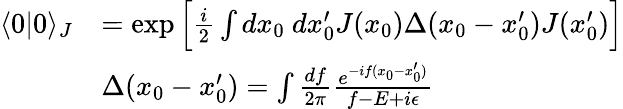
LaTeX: {\begin{array}{rl}{\langle 0|0\rangle_{J}}&{=\exp{{\Big[}{\frac{i}{2}}\int dx_{0}~dx_{0}^{\prime}J(x_{0})\Delta(x_{0}-x_{0}^{\prime})J(x_{0}^{\prime}){\Big]}}}\\ &{\Delta(x_{0}-x_{0}^{\prime})=\int{\frac{df}{2\pi}}{\frac{e^{-if(x_{0}-x_{0}^{\prime})}}{f-E+i\epsilon}}}\end{array}}